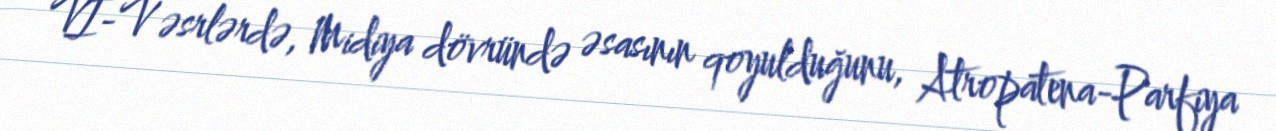
VI-V əsrlərdə, Midiya dövründə əsasının qoyulduğunu, Atropatena-Parfiya